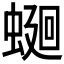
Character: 𧍚